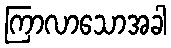
ကြာလာသောအခါ